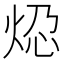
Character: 𬊆